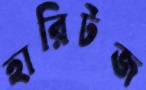
হারিটজ